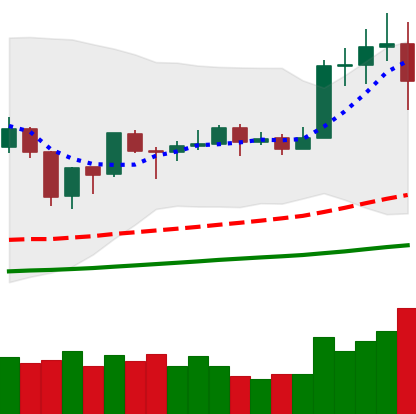
Ticker: TRX-USD
Chart end date: 2019-06-26
Forward return: -10.635%
Label: down_7plus